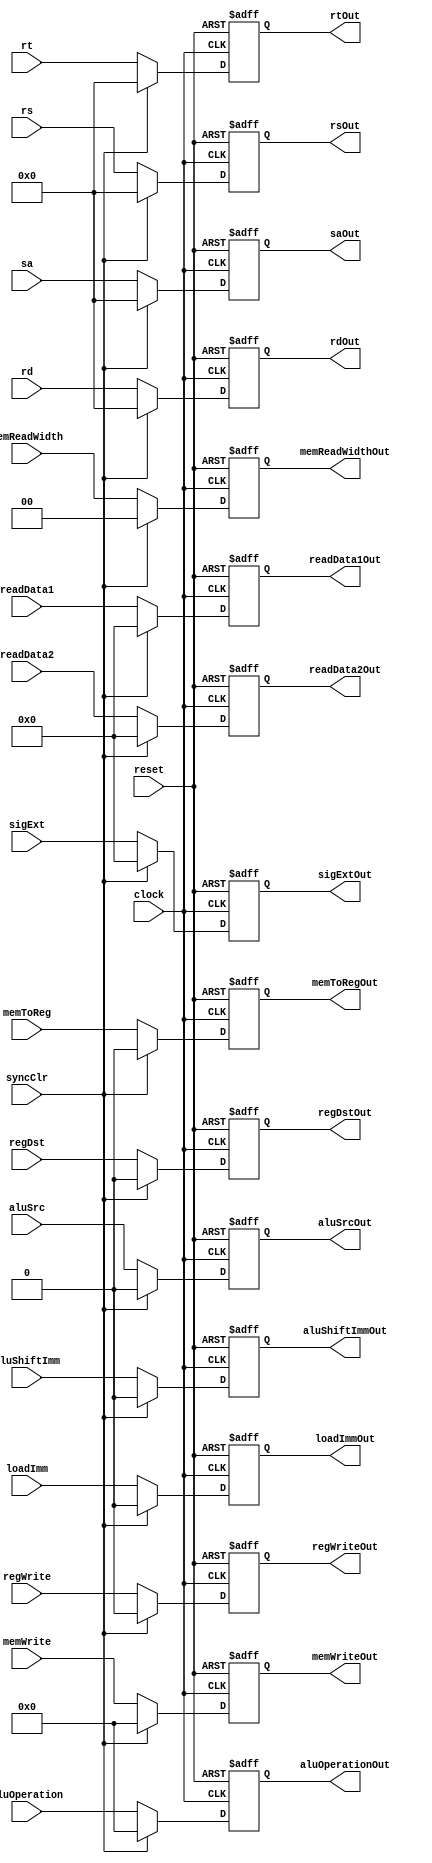
module ID_EX(
		input clock,
		input reset,
		input syncClr,
		input [4:0] rs,
		input [4:0] rt,
		input [4:0] rd,
		input [4:0] sa,
		input [3:0] aluOperation,
		input [31:0] sigExt,
		input [31:0] readData1,
		input [31:0] readData2,
		input aluSrc,
		input aluShiftImm,
		input regDst,
		input loadImm,
		input [3:0]memWrite,
		input memToReg,
		input[1:0] memReadWidth,
		input regWrite,
		
		output reg [3:0] aluOperationOut,
		output reg [31:0] sigExtOut,
		output reg [31:0] readData1Out,
		output reg [31:0] readData2Out,
		output reg aluSrcOut,
		output reg aluShiftImmOut,
		output reg [3:0]memWriteOut,
		output reg memToRegOut,
		output reg[1:0] memReadWidthOut,
		output reg[4:0] rsOut,
		output reg[4:0] rtOut,
		output reg[4:0] rdOut,
		output reg[4:0] saOut,
		output reg regDstOut,
		output reg loadImmOut,
		output reg regWriteOut
    );
	 
	 
	 	 always @(negedge clock,posedge reset)begin
		if(reset)begin
			 aluOperationOut<=0;
			 sigExtOut<=0;
			 readData1Out<=0;
			 readData2Out<=0;
			 aluSrcOut<=0;
			 aluShiftImmOut<=0;
			 memWriteOut<=0;
			 memToRegOut<=0;
			 memReadWidthOut<=0;
			 regWriteOut<=0;
			 rsOut<=0;
			 rtOut<=0;
		    rdOut<=0;
			 saOut<=0;
			 regDstOut<=0;
			 loadImmOut<=0;
		end
		else if(syncClr)begin
			 aluOperationOut<=0;
			 sigExtOut<=0;
			 readData1Out<=0;
			 readData2Out<=0;
			 aluSrcOut<=0;
			 aluShiftImmOut<=0;
			 memWriteOut<=0;
			 memToRegOut<=0;
			 memReadWidthOut<=0;
			 regWriteOut<=0;
			 rsOut<=0;
			 rtOut<=0;
		    rdOut<=0;
			 saOut<=0;
			 regDstOut<=0;
			 loadImmOut<=0;
		end
		else begin
			 aluOperationOut<=aluOperation;
			 sigExtOut<=sigExt;
			 readData1Out<=readData1;
			 readData2Out<=readData2;
			 aluSrcOut<=aluSrc;
			 aluShiftImmOut<=aluShiftImm;
			 memWriteOut<=memWrite;
			 memToRegOut<= memToReg;
			 memReadWidthOut<=memReadWidth;
			 regWriteOut<=regWrite;
			 rsOut<=rs;
			 rtOut<=rt;
		    rdOut<=rd;
			 saOut<=sa;
			 regDstOut<=regDst;
			 loadImmOut<=loadImm;
		end
		
	 end


endmodule